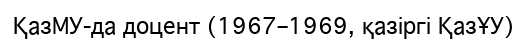
ҚазМУ-да доцент (1967–1969, қазіргі ҚазҰУ)